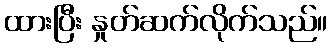
ထားပြီး နှုတ်ဆက်လိုက်သည်။